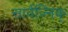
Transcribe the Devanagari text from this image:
सार्वज्निक्